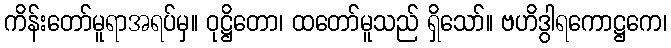
ကိန်းတော်မူရာအရပ်မှ။ ဝုဋ္ဌိတော၊ ထတော်မူသည် ရှိသော်။ ဗဟိဒွါရကောဋ္ဌကေ၊